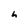
Character: h